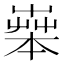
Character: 𦱧